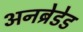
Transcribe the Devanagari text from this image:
अनब्रेडेड